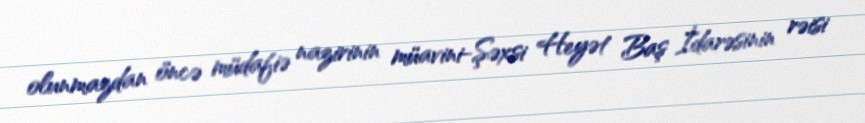
olunmazdan öncə müdafiə nazirinin müavini-Şəxsi Heyət Baş İdarəsinin rəisi